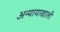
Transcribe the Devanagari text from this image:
अन्यायाखाली